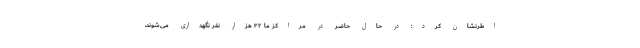
اطرنشان کرد: در حال حاضر در مراکز ما ۳۲ هزار نفر نگهداری می‌شوند،